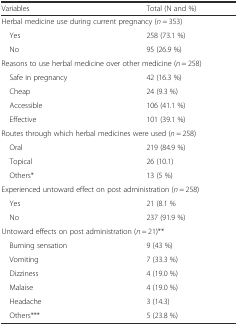
<table><thead><tr><td><b>Variables</b></td><td><b>Total (N and %)</b></td></tr></thead><tbody><tr><td colspan="2">Herbal medicine use during current pregnancy (<i>n</i> = 353)</td></tr><tr><td> Yes</td><td>258 (73.1 %)</td></tr><tr><td> No</td><td>95 (26.9 %)</td></tr><tr><td colspan="2">Reasons to use herbal medicine over other medicine (<i>n</i> = 258)</td></tr><tr><td> Safe in pregnancy</td><td>42 (16.3 %)</td></tr><tr><td> Cheap</td><td>24 (9.3 %)</td></tr><tr><td> Accessible</td><td>106 (41.1 %)</td></tr><tr><td> Effective</td><td>101 (39.1 %)</td></tr><tr><td colspan="2">Routes through which herbal medicines were used (<i>n</i> = 258)</td></tr><tr><td> Oral</td><td>219 (84.9 %)</td></tr><tr><td> Topical</td><td>26 (10.1)</td></tr><tr><td> Others*</td><td>13 (5 %)</td></tr><tr><td colspan="2">Experienced untoward effect on post administration (<i>n</i> = 258)</td></tr><tr><td> Yes</td><td>21 (8.1 %</td></tr><tr><td> No</td><td>237 (91.9 %)</td></tr><tr><td colspan="2">Untoward effects on post administration (<i>n</i> = 21)**</td></tr><tr><td> Burning sensation</td><td>9 (43 %)</td></tr><tr><td> Vomiting</td><td>7 (33.3 %)</td></tr><tr><td> Dizziness</td><td>4 (19.0 %)</td></tr><tr><td> Malaise</td><td>4 (19.0 %)</td></tr><tr><td> Headache</td><td>3 (14.3)</td></tr><tr><td> Others***</td><td>5 (23.8 %)</td></tr></tbody></table>